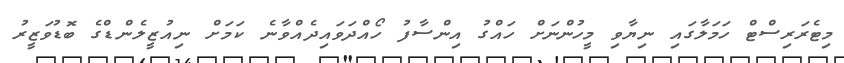
މިޓެރަރިސްޓް ހަމަލާގައި ނިޔާވި މީހުންނަށް ހައްގު އިންސާފު ހޯއްދަވައިދެއްވާނެ ކަމަށް ނިއުޒީލެންޑްގެ ބޮޑުވަޒީރު